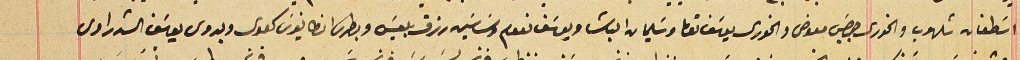
اسَطفان شلهوب والخوري جرجسَ معوض والخوري يوسَف توما وسَليمان الباشا ويوسَف نعوم وسَاسَين رزق بلعيسَ وبطرس انطانيوسَ كعدى وبدوي يوسَف الشدراوى